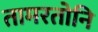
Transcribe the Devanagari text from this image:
तामरतोनि